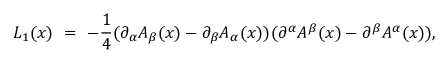
{ \cal L } _ { 1 } ( x ) ~ = ~ - { \frac { 1 } { 4 } } ( \partial _ { \alpha } A _ { \beta } ( x ) - \partial _ { \beta } A _ { \alpha } ( x ) ) ( \partial ^ { \alpha } A ^ { \beta } ( x ) - \partial ^ { \beta } A ^ { \alpha } ( x ) ) ,